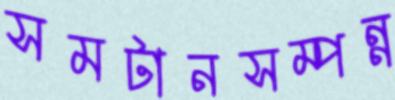
সমটানসম্পন্ন